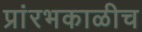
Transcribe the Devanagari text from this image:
प्रांरभकाळीच